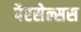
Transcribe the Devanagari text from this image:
पैरसेल्सस